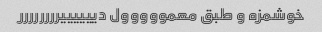
خوشمزه و طبق معمووووول دییییییرررررررر